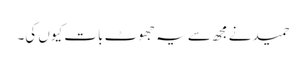
حمید نے مجھ سے یہ جھوٹ بات کیوں کی۔